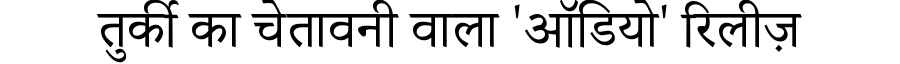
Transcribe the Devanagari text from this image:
तुर्की का चेतावनी वाला 'ऑडियो' रिलीज़